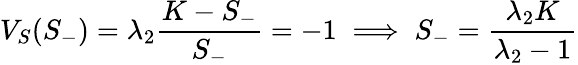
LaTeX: V_{S}(S_{-})=\lambda_{2}{\frac{K-S_{-}}{S_{-}}}=-1\implies S_{-}={\frac{\lambda_{2}K}{\lambda_{2}-1}}